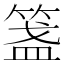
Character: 𥰎